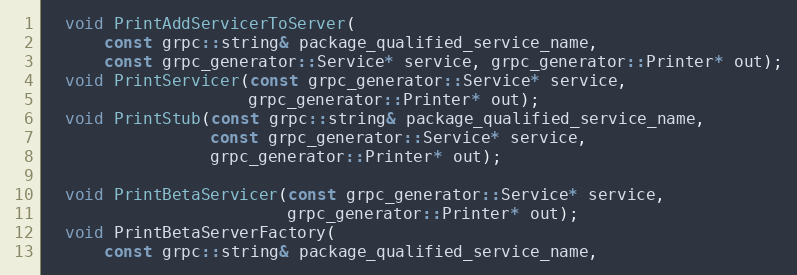
Language: C
  void PrintAddServicerToServer(
      const grpc::string& package_qualified_service_name,
      const grpc_generator::Service* service, grpc_generator::Printer* out);
  void PrintServicer(const grpc_generator::Service* service,
                     grpc_generator::Printer* out);
  void PrintStub(const grpc::string& package_qualified_service_name,
                 const grpc_generator::Service* service,
                 grpc_generator::Printer* out);

  void PrintBetaServicer(const grpc_generator::Service* service,
                         grpc_generator::Printer* out);
  void PrintBetaServerFactory(
      const grpc::string& package_qualified_service_name,